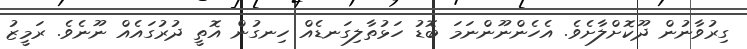
ގިރުވާނުން ދޫކޮށްލާށެވެ. އެހެންނޫންނަމަ ބޮޑު ހަޅުތާލިގަނޑެއް ހިނގުން އޮތީ ދުރުގައެއް ނޫނެވެ. ރަމީޒު